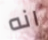
انه